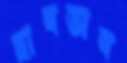
হাবভাব